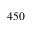
4 5 0